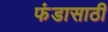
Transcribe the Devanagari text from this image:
फंडासाठी